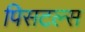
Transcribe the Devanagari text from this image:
पिसटल्स